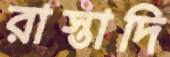
রাস্তাদি